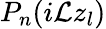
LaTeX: P_{n}(i\mathcal{L}z_{l})